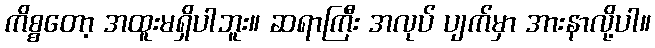
ကိစ္စတော့ အထူးမရှိပါဘူး။ ဆရာကြီး အလုပ် ပျက်မှာ အားနာလို့ပါ။